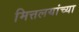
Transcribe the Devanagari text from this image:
मित्तलयांच्या